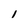
Character: l